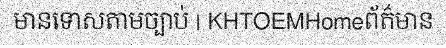
មានទោសតាមច្បាប់ | KHTOEMHomeព័ត៌មាន